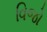
વિજો